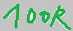
Text: 100K